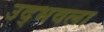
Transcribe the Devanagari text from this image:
उद्‍भवला